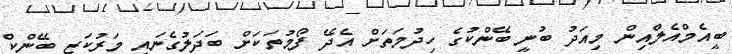
ބީއެމްއެލްއިން މިއަދު ބުނީ ބޭންކުގެ ހިދުމަތަށް އެދޭ ފޯމުތަކަށް ބަދަލުގެނައީ މަރުކަޒީ ބޭންކް